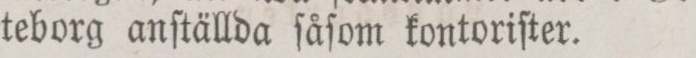
teborg anſtällda ſåſom kontoriſter.